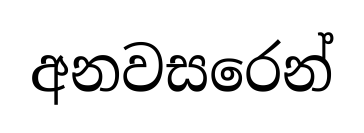
අනවසරෙන්